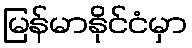
မြန်မာနိုင်ငံမှာ